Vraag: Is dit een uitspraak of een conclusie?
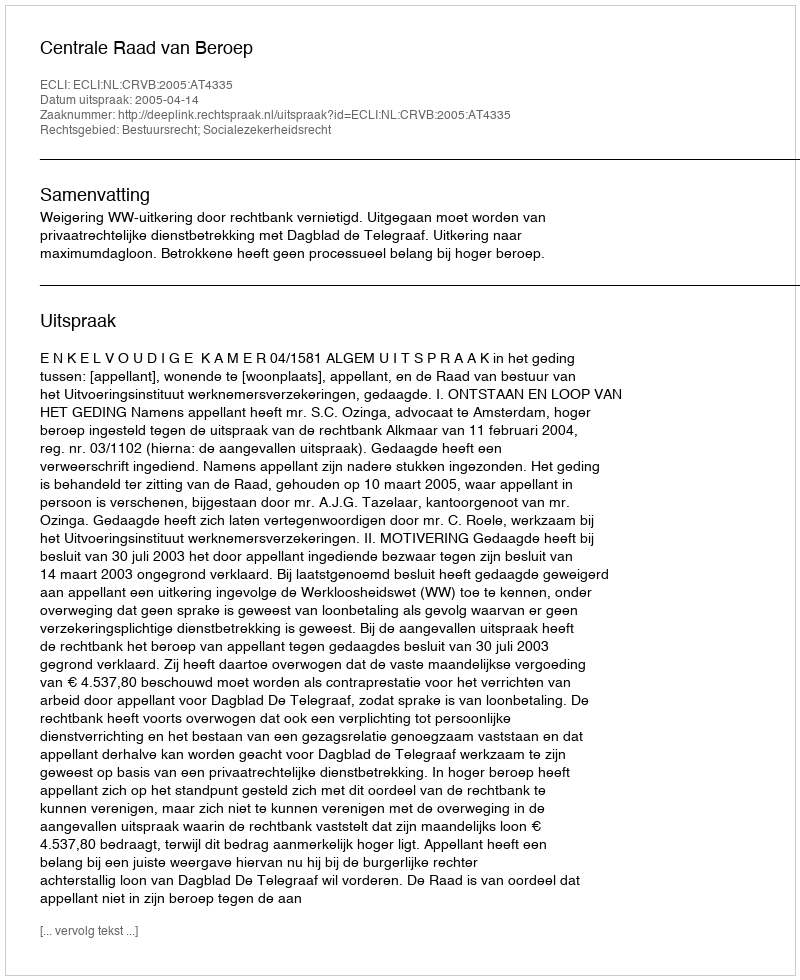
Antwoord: Uitspraak